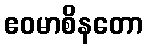
ဧဝမာစိနတော